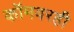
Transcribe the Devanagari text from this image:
कॉमवरही